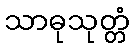
သာဓုသုတ္တံ